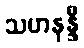
သဟနန္ဒီ